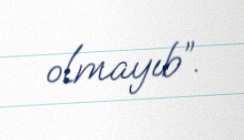
olmayıb”.